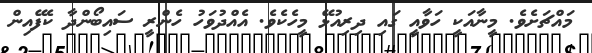
މައްޗަށެވެ. މީނާއަކީ ހަވާއީ ގައި ދިރިއުޅޭ މީހެކެވެ. އެއްދުވަހު ހެންރީ ސައިބޯންދާ ކެފޭއިން